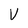
Character: V